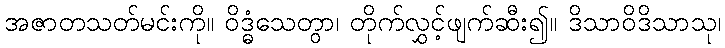
အဇာတသတ်မင်းကို။ ဝိဒ္ဓံသေတွာ၊ တိုက်လွှင့်ဖျက်ဆီး၍။ ဒိသာဝိဒိသာသု၊